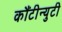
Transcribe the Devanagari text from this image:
कौंटीन्युटी